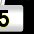
Digit: 5